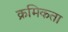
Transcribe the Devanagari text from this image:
क्रमिकता